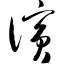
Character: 傧